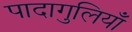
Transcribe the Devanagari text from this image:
पादागुलियाँ